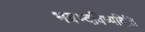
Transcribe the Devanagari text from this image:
भवभ्दविष्यदिति